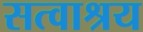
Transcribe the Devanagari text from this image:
सत्वाश्रय